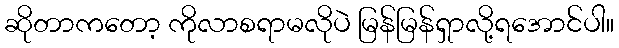
ဆိုတာကတော့ ကိုလာစရာမလိုပဲ မြန်မြန်ရှာလို့ရအောင်ပါ။